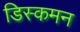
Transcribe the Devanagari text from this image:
डिस्कमन